Structure of Hæmatopota pluvialis (Meigen) - Number 55
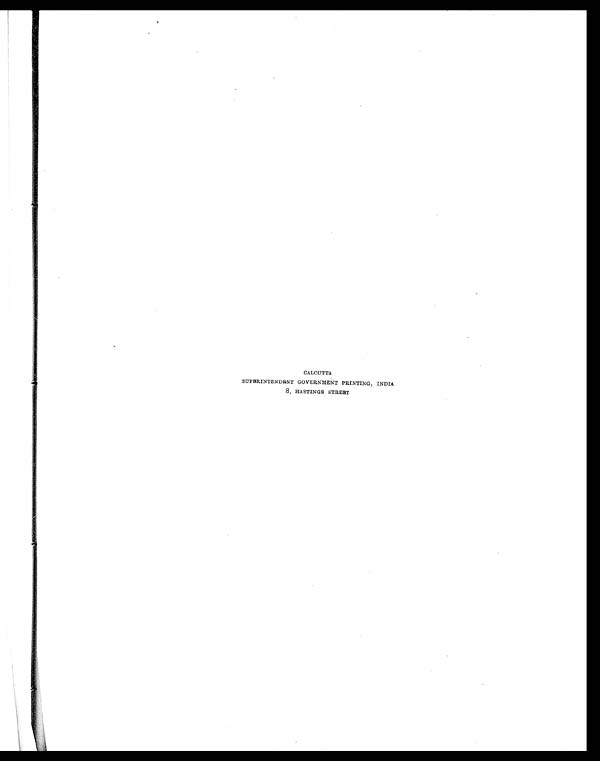
CALCUTTA
SUPERINTENDENT GOVERNMENT PRINTING, INDIA
8, HASTINGS STREET